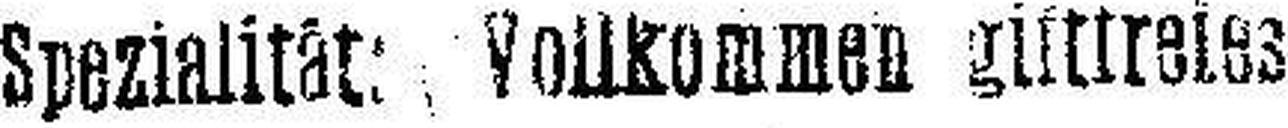
Spezialität: Vollkommen g###reies